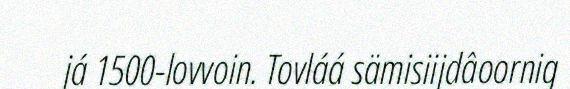
já 1500-lovvoin. Tovláá sämisiijdâoornig